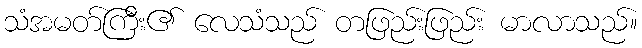
သံအမတ်ကြီး၏ လေသံသည် တဖြည်းဖြည်း မာလာသည်။